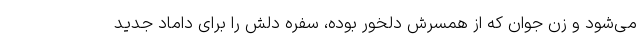
می‌شود و زن جوان که از همسرش دلخور بوده، سفره دلش را برای داماد جدید